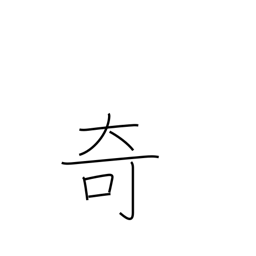
Meaning: curiosity